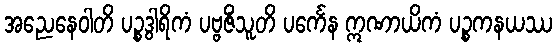
အညေနေဝါတိ ပဉ္စဒွါရိကံ ပဗ္ဗဇိံသူတိ ပင်္ကေန ဣဏာယိကံ ပဉ္စကနယဿ